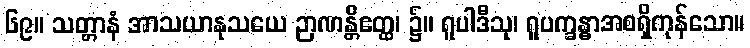
၆၉။ သတ္တာနံ အာသယာနုသယေ ဉာဏန္တိဧတ္ထ၊ ၌။ ရူပါဒီသု၊ ရူပက္ခန္ဓာအစရှိကုန်သော။